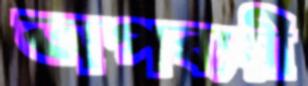
অপব্যয়ী